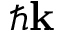
\hbar \mathbf { k }